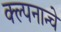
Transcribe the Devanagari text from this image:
क्ल्पनान्चे